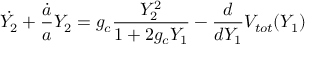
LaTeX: \dot { Y _ { 2 } } + { \frac { \dot { a } } { a } } { Y _ { 2 } } = g _ { c } { \frac { Y _ { 2 } ^ { 2 } } { 1 + 2 g _ { c } Y _ { 1 } } } - { \frac { d } { d Y _ { 1 } } } V _ { t o t } ( Y _ { 1 } )